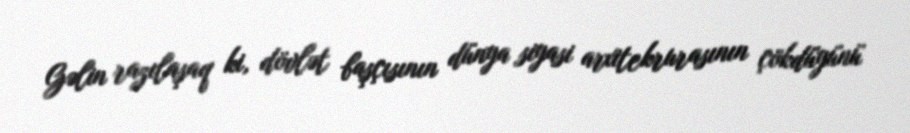
Gəlin razılaşaq ki, dövlət başçısının dünya siyasi arxitekrurasının çökdüyünü